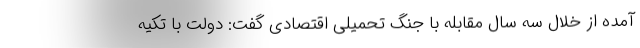
آمده از خلال سه سال مقابله با جنگ تحمیلی اقتصادی گفت: دولت با تکیه